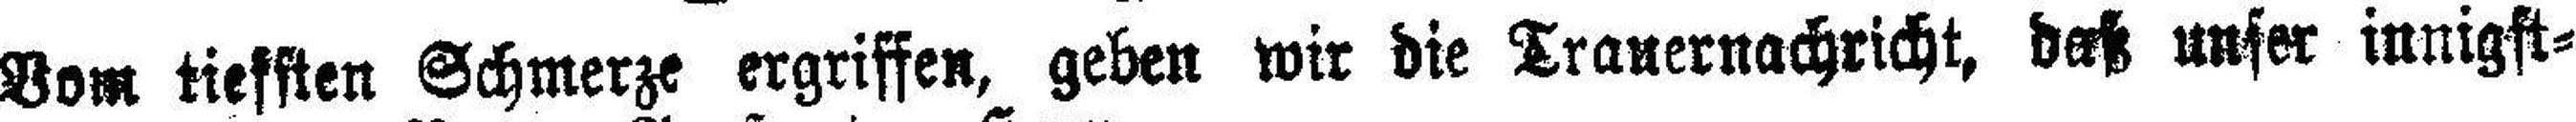
Vom tiefsten Schmerze ergriffen, geben wir die Trauernachricht, daß unser iunigst¬